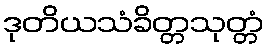
ဒုတိယသံခိတ္တသုတ္တံ